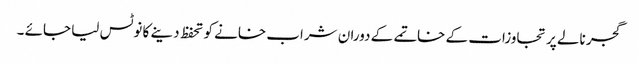
گجر نالے پر تجاوزات کے خاتمے کے دوران شراب خانے کو تحفظ دینے کا نوٹس لیا جائے ۔